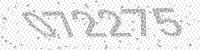
Solution: 072275